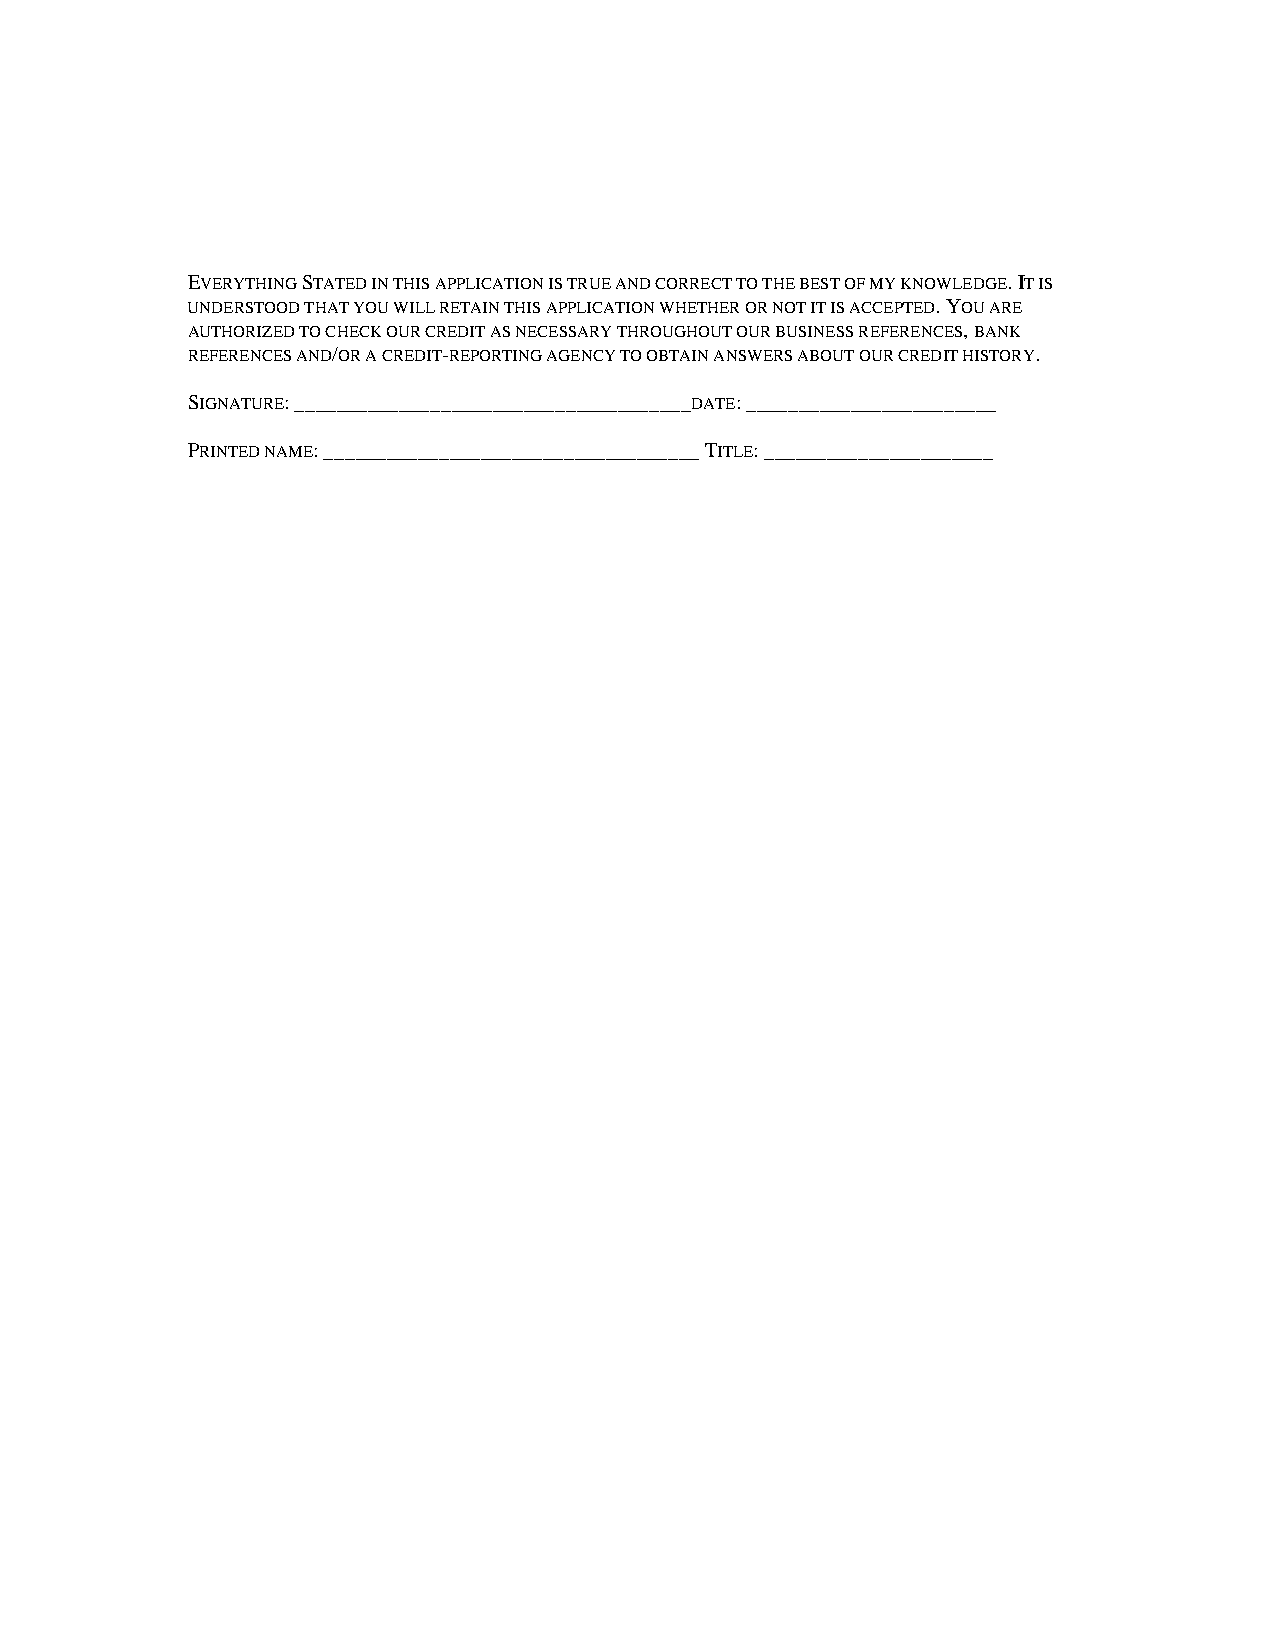
EVERYTHING STATED IN THIS APPLICATION IS TRUE AND CORRECT TO THE BEST OF MY KNOWLEDGE. IT IS
 UNDERSTOOD THAT YOU WILL RETAIN THIS APPLICATION WHETHER OR NOT IT IS ACCEPTED. YOU ARE
 AUTHORIZED TO CHECK OUR CREDIT AS NECESSARY THROUGHOUT OUR BUSINESS REFERENCES, BANK
 REFERENCES AND/OR A CREDIT-REPORTING AGENCY TO OBTAIN ANSWERS ABOUT OUR CREDIT HISTORY.
 SIGNATURE: ______________________________________DATE: ________________________
 PRINTED NAME: ____________________________________ TITLE: ______________________